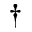
\dagger